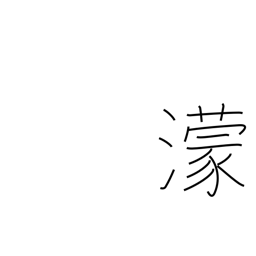
Meaning: dark